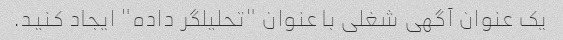
یک عنوان آگهی شغلی با عنوان "تحلیلگر داده" ایجاد کنید.